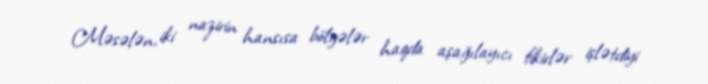
Məsələn, iki nazirin hansısa bölgələr haqda aşağılayıcı fikirlər işlətdiyi